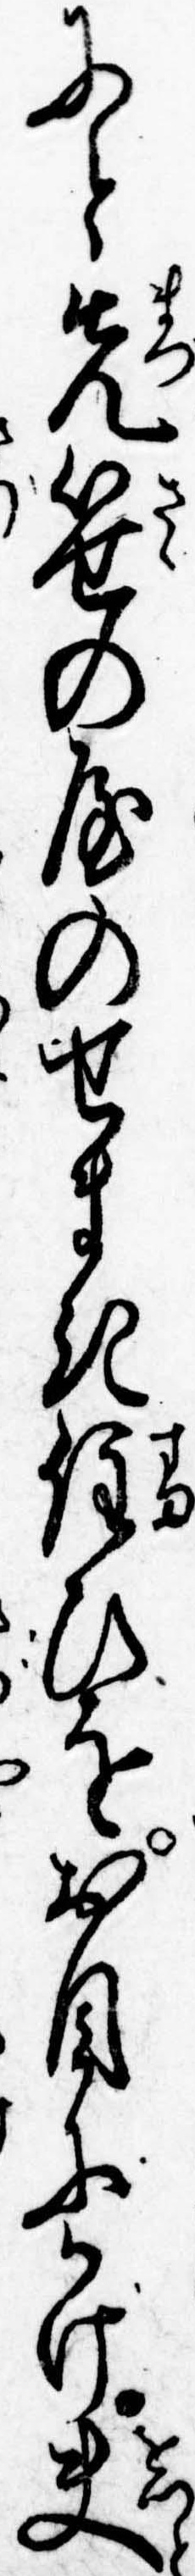
にと先笹の屋のせまき住ひをお目にかけ夫